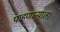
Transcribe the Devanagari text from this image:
पाहणाऱ्याला